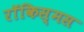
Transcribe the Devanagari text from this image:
रॉकिस्मस